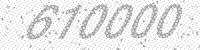
Solution: 610000